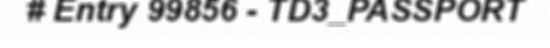
# Entry 99856 - TD3_PASSPORT